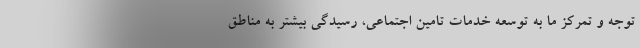
توجه و تمرکز ما به توسعه خدمات تامین اجتماعی، رسیدگی بیشتر به مناطق